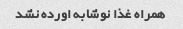
همراه غذا نوشابه اورده نشد